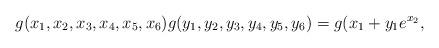
LaTeX: \begin{align*} g(x_1,x_2,x_3,x_4,x_5,x_6) g(y_1,y_2,y_3,y_4,y_5,y_6)=g(x_1+y_1e^{x_2}, \end{align*}